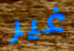
غير